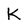
Character: K